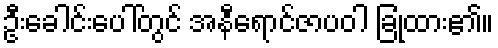
ဦးခေါင်းပေါ်တွင် အနီရောင်ဇာပဝါ ခြုံထား၏။